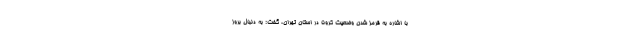
با اشاره به قرمز شدن وضعیت کرونا در استان تهران، گفت: به دنبال بروز